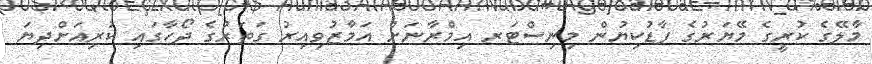
މާލޭގެ ކުރީގެ މޭޔަރުގެ ފާޑުކިޔުން މިނިސްޓަރ އިމްރާނަށް އަމާޒުވިއިރު ގަތަރުގެ ދޯހާގައި ކުރިއަށްދިޔަ